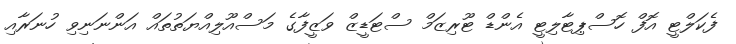
ފެކަލްޓީ އޮފް ހޮސްޕިޓާލިޓީ އެންޑް ޓޫރިޒަމް ސްޓަޑީޒް ވަޒީފާގެ މަސްއޫލިއްޔަތުތައް އަންނަނިވި ހުނަރާއި